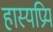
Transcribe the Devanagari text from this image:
हास्यप्रिय